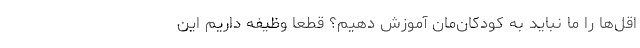
اقل‌ها را ما نباید به کودکان‌مان آموزش دهیم؟ قطعاً وظیفه داریم این